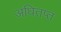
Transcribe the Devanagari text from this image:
अधितप्त